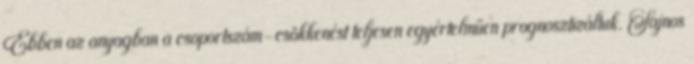
Ebben az anyagban a csoportszám-csökkenést teljesen egyértelműen prognosztizáltuk. Sajnos